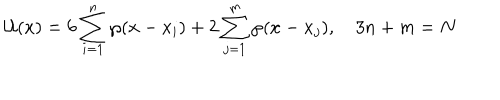
{ \cal U } ( x ) = 6 \sum _ { i = 1 } ^ { n } \wp ( x - x _ { i } ) + 2 \sum _ { j = 1 } ^ { m } \wp ( x - x _ { j } ) , \quad 3 n + m = N